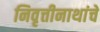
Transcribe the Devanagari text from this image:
निवृत्तीनाथांचे